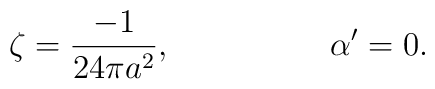
\zeta=\frac{-1}{24\pi a^{2}}, \hspace{2cm} \alpha'=0.